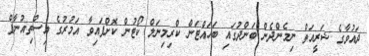
ދައުވާގެ ޝަރީއަތް ނިމެންދެން ބަންދުގައި ބަހައްޓަން ކްރިމިނަލް ކޯޓުން ކޮށްފައިވާ އަމުރުގެ އިސްތިއުނާފް